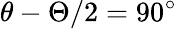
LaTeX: \theta-\Theta/2=90^{\circ}